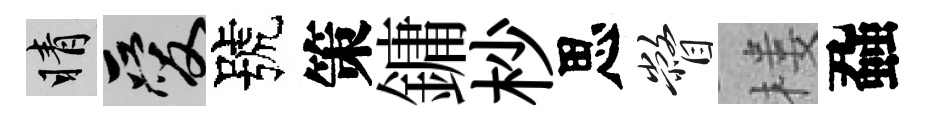
睛爱號策鏞杪思瞥楼蝨